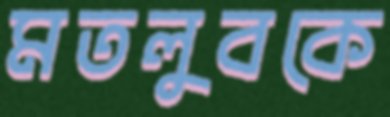
মতলুবকে